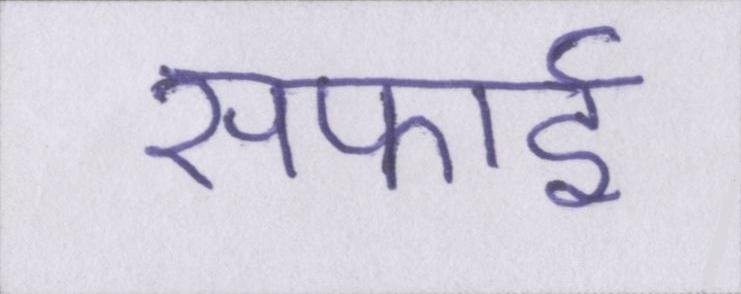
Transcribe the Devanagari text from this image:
सफाई